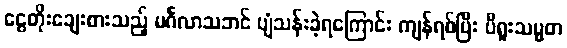
ငွေတိုးချေးစားသည့် မင်္ဂလာသဘင် ပျံသန်းခဲ့ရကြောင်း ကျန်ရစ်ပြီး ပီရူးသမ္မတ